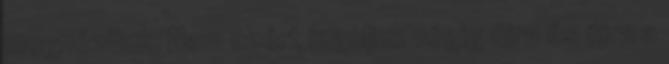
megnézünk. Nem azért izguljuk végig újra és újra a